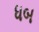
ધબ